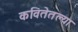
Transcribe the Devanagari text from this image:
कवितेतल्या